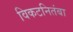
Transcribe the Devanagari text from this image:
विकटनितंबा